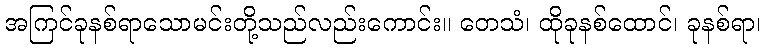
အကြင်ခုနစ်ရာသောမင်းတို့သည်လည်းကောင်း။ တေသံ၊ ထိုခုနစ်ထောင်၊ ခုနစ်ရာ၊